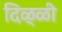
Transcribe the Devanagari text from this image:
दिळ्ळी